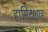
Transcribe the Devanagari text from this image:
हामिदशाह